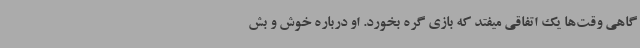
گاهی وقت‌ها یک اتفاقی میفتد که بازی گره بخورد. او درباره خوش و بش